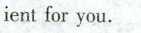
ientfor you. _